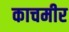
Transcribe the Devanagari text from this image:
काचमीर